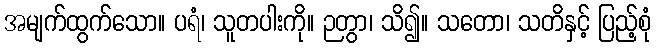
အမျက်ထွက်သော။ ပရံ၊ သူတပါးကို။ ဉတွာ၊ သိ၍။ သတော၊ သတိနှင့် ပြည့်စုံ